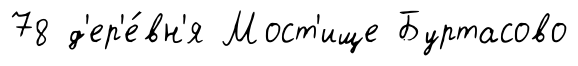
78 д'ер'е́вн'я Мост'ище Буртасово